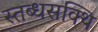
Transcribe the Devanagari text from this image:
स्तब्धसक्थि